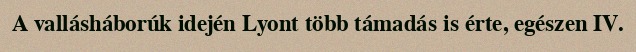
A vallásháborúk idején Lyont több támadás is érte, egészen IV.